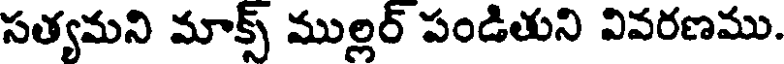
సత్యమని మాక్స్ ముల్లర్ పండితుని వివరణము.